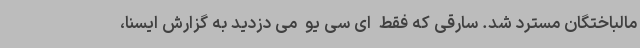
مالباختگان مسترد شد. سارقی که فقط  ای سی یو  می دزدید به گزارش ایسنا،